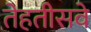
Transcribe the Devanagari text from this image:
तेहतीसवे